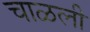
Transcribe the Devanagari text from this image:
चाळली